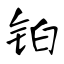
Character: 铂